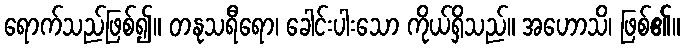
ရောက်သည်ဖြစ်၍။ တနုသရီရော၊ ခေါင်းပါးသော ကိုယ်ရှိသည်။ အဟောသိ၊ ဖြစ်၏။